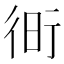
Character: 𧗧